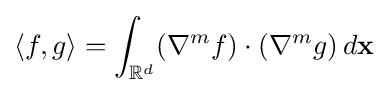
\langle f,g\rangle =\int _{\mathbb {R} ^{d}}(\nabla ^{m}f)\cdot (\nabla ^{m}g)\,d\mathbf {x}